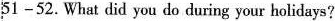
51—52.What did you do during your holidays?